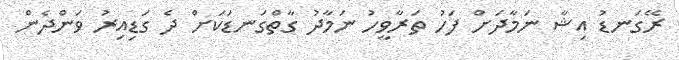
ރޭގަނޑު އިޝާ ނަމާދަށް ފަހު ތަރާވީހު ނަމާދު ގާތްގަނޑަކަށް ދެ ގަޑިއިރު ވަންދެން